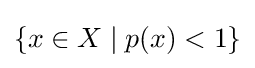
\{x\in X\mid p(x)<1\}